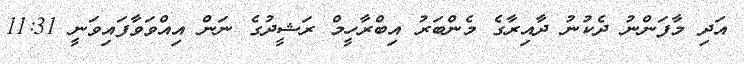
އަދި މާފަންނު ދެކުނު ދާއިރާގެ މެންބަރު އިބްރާހީމް ރަޝީދުގެ ނަން އިއްވަވާފައިވަނީ 11:31